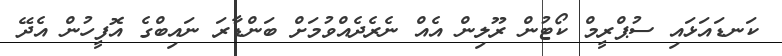
ކަނޑައަޅައި ސުޕްރީމް ކޯޓުން ރޫލިން އެއް ނެރެދެއްވުމަށް ބަންޑާރަ ނައިބްގެ އޮފީހުން އެދޭ